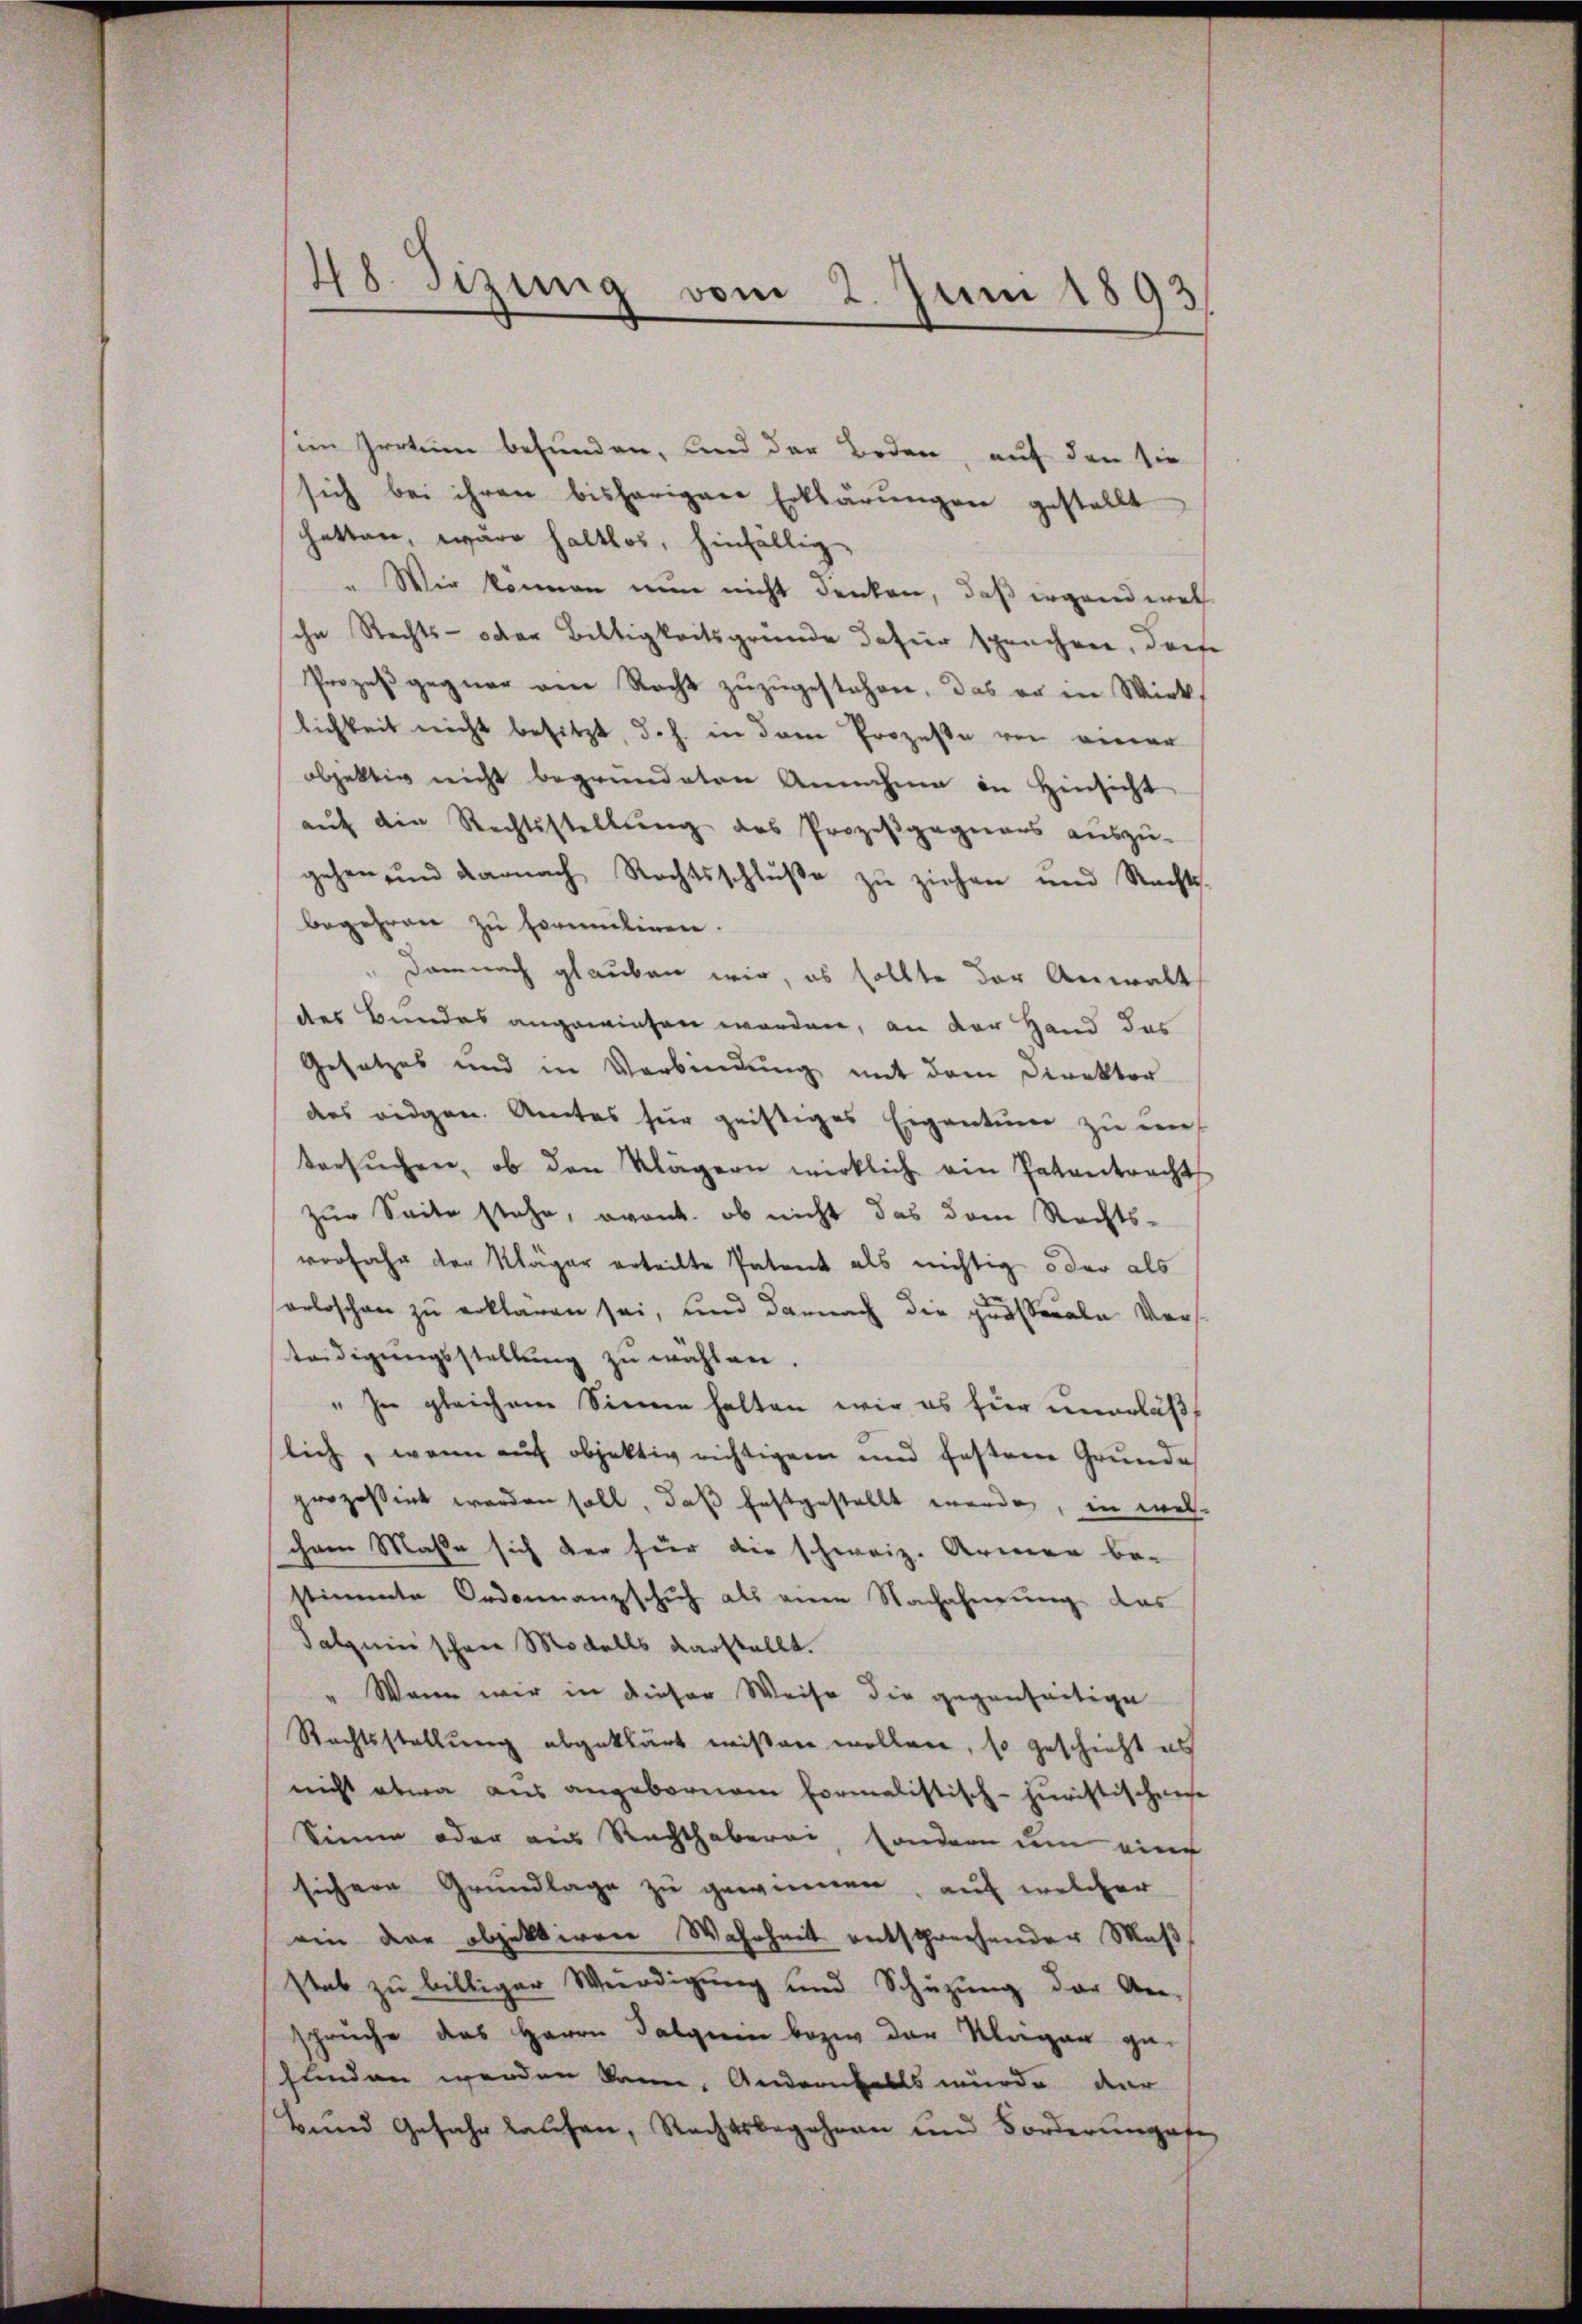
48. Sizung vom 2. Juni 1893,

im Irrtum befunden, und der Beden, auf den sie
sich bei ihren bisherigen Erklärungen gestellt
hatten, wäre haltlos, hinfällig
" Wir können nun nicht denken, daß irgend wel
ihn Rechts- oder Biltigkeitsgründe dafür sprechen, dem
Prozessgegner am Recht zuzugestehen, das er in Wirk
lichkeit nicht besitzt, d. h. in dem Prozeße von einer
objektiv nicht begründeten Annahme in Hinsicht
auf die Rechtsstellung des Prozeßgagieres auszu-
gehen und darnach Rechtsschluße zu ziehen und Rechts-
begehren zu formelinen.
" Demnach glauben wir, ob sollte der Anwalt
des Bundes angewiesen worden, an der Hand das
Gesetzes und in Verbindung mit dem Direktor
des eidgen. Amtes für geistiges Eigentum zu mit
tersŭchen, ob den Klägern wirklich ein Patentracht
zur Seite stehe, avant, ob nicht das dem Rechts-
vorfahr der Kläger erteilte Patent als nichtig oder als
orloschen zu erklären sei, und darnach die größerale Verteidigungsstellung zu wählen.
" In gleichem Sinnen halten wir es für unerlaß
lich, wenn auch objektiv richtigen und festere Grunde
prozessirt worden soll, daß festgestellt werde, in welchnen Masse sich der für die schweiz. Armen be-
stimmte Ordonnanzschuh als eine Nachahmung das
Salquii schon Modells darstellt.
" Wenn wir in dieser Weise die gegenseitige
Rechtsstellung abgeklärt wißen wollen, so geschieht es
nicht etwa aus angeborenen Formalistisch-juristischense
Sinne oder aus Rechthaberei, sondern um eine
sicher Grundlage zu gewinnen, auf welcher
von der objektiren Wahrheit entsprechender Maß
stab zu billiger Würdigung und Schüzung der An-
sprüche das Herrn Talgerin bezw. der Klagen ge-
flnden werden kann. Andernfalls würde dar
Bund Gefahr laŭfen, Rechtsbegehren und Forderungese